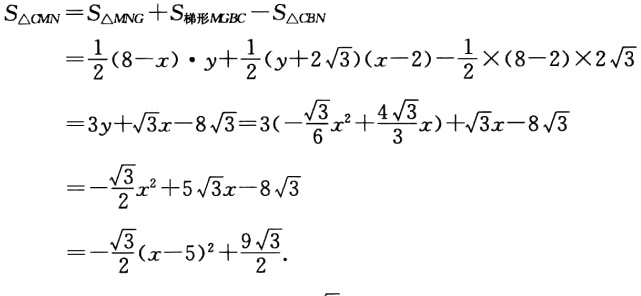
\[
\begin{align*}
S_{\triangle CMN}&=S_{\triangle MNG}+S_{梯形MGBC}-S_{\triangle CBN}\\
&=\frac{1}{2}(8 - x)\cdot y+\frac{1}{2}(y + 2\sqrt{3})(x - 2)-\frac{1}{2}\times(8 - 2)\times2\sqrt{3}\\
&=3y+\sqrt{3}x-8\sqrt{3}=3(-\frac{\sqrt{3}}{6}x^{2}+\frac{4\sqrt{3}}{3}x)+\sqrt{3}x-8\sqrt{3}\\
&=-\frac{\sqrt{3}}{2}x^{2}+5\sqrt{3}x-8\sqrt{3}\\
&=-\frac{\sqrt{3}}{2}(x - 5)^{2}+\frac{9\sqrt{3}}{2}.
\end{align*}
\]